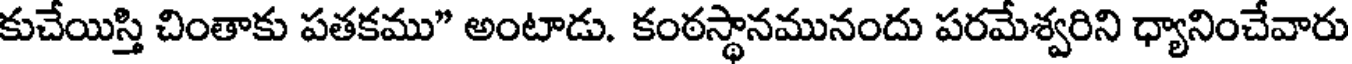
కుచేయిస్తి చింతాకు పతకము" అంటాడు. కంఠస్థానమునందు పరమేశ్వరిని ధ్యానించేవారు